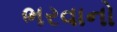
ભરવાનો